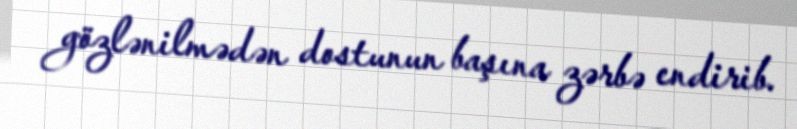
gözlənilmədən dostunun başına zərbə endirib.